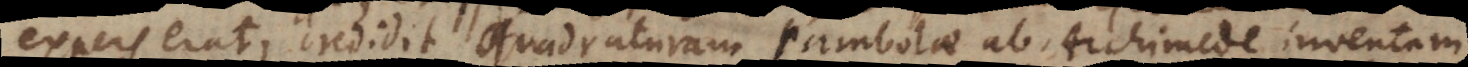
expers erat, credidit quadraturam parabolae ab Archimede inventam